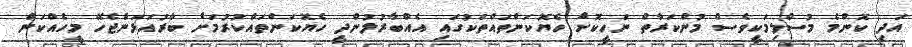
އަދި ކޮންމެ މުސްލިމަކީވެސް މުންކަރާތް ނަހީކޮށް ހެޔޮކަންތައްތަކުގައި އެއްބާރުލުންދީ ހެޔޮކަންތައްކުރުމަށް ބާރުއަޅަންޖެހޭ މީހެއްކަން